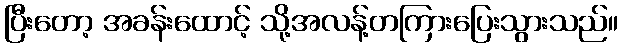
ပြီးတော့ အခန်းထောင့် သို့အလန့်တကြားပြေးသွားသည်။